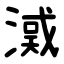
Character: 㵄